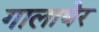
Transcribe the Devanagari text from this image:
गालाघेर